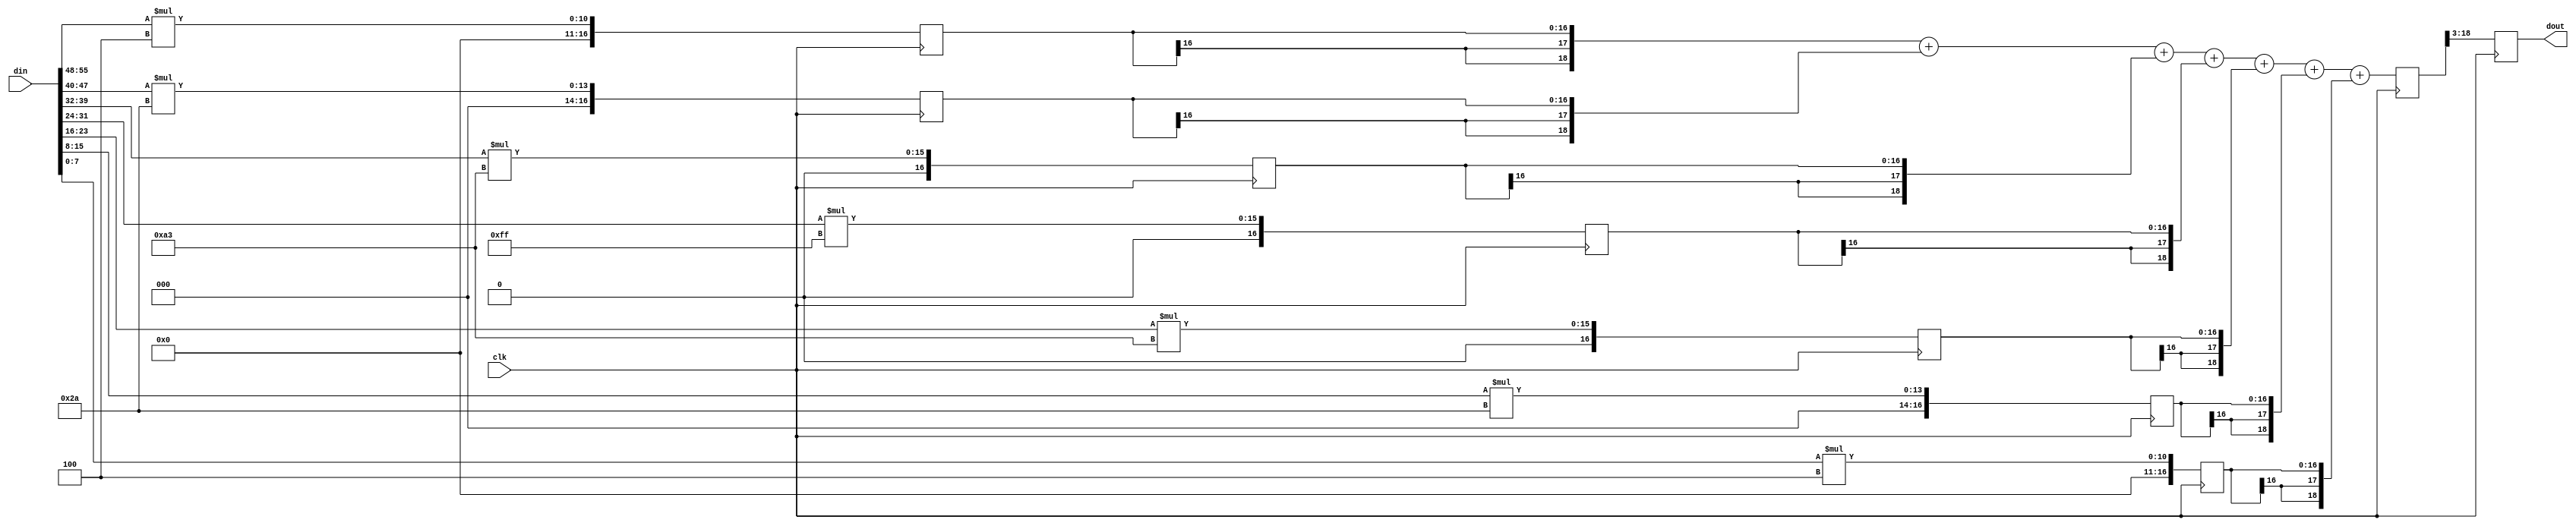
module fltr_compute_f2 (clk, din, dout);
    input clk; 
    input[55:0] din; 
    output[15:0] dout; 
    reg[15:0] dout;
    reg[16:0] q1; 
    reg[16:0] q2; 
    reg[16:0] q3; 
    reg[16:0] q4; 
    reg[16:0] q5; 
    reg[16:0] q6; 
    reg[16:0] q7; 
    reg[19:0] d_out_tmp; 
    always @(posedge clk)
    begin
			q1 <= din[55:48] * 3'b100;
			q2 <= din[47:40] * 6'b101010;
			q3 <= din[39:32] * 8'b10100011;
			q4 <= din[31:24] * 8'b11111111;
			q5 <= din[23:16] * 8'b10100011;
			q6 <= din[15:8] * 6'b101010;
			q7 <= din[7:0] * 3'b100;
          d_out_tmp <= ({q1[16], q1[16], q1[16], q1}) + ({q2[16], q2[16], q2[16], q2}) + ({q3[16], q3[16], q3[16], q3}) + ({q4[16], q4[16], q4[16], q4}) + ({q5[16], q5[16], q5[16], q5}) + ({q6[16], q6[16], q6[16], q6}) + ({q7[16], q7[16], q7[16], q7});
          dout <= d_out_tmp[18:3] ; 
    end 
 endmodule